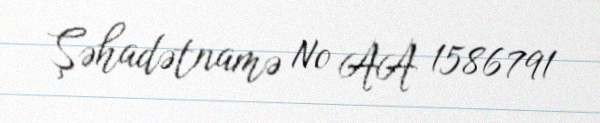
Şəhadətnamə № AA 1586791